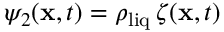
\psi _ { 2 } ( \mathbf x , t ) = \rho _ { \mathrm { l i q } } \, \zeta ( \mathbf x , t )